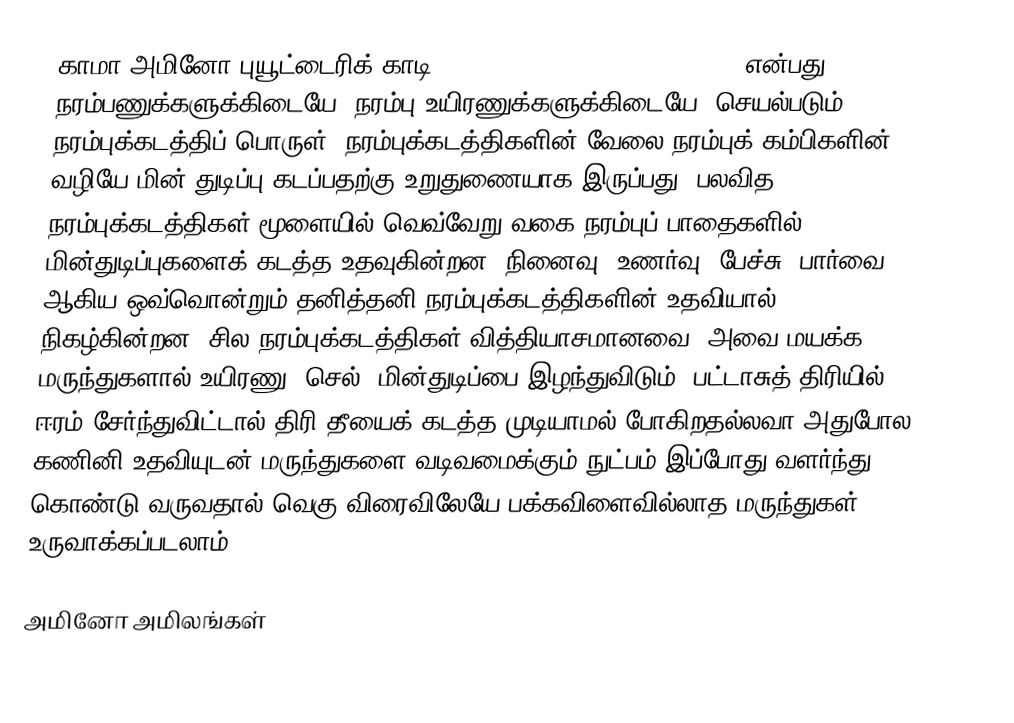
காமா அமினோ புயூட்டைரிக் காடி (Gama amino butyric acid- GABA) என்பது நரம்பணுக்களுக்கிடையே (நரம்பு உயிரணுக்களுக்கிடையே) செயல்படும் நரம்புக்கடத்திப் பொருள். நரம்புக்கடத்திகளின் வேலை நரம்புக் கம்பிகளின் வழியே மின் துடிப்பு கடப்பதற்கு உறுதுணையாக இருப்பது, பலவித நரம்புக்கடத்திகள் மூளையில் வெவ்வேறு வகை நரம்புப் பாதைகளில் மின்துடிப்புகளைக் கடத்த உதவுகின்றன. நினைவு, உணர்வு, பேச்சு, பார்வை ஆகிய ஒவ்வொன்றும் தனித்தனி நரம்புக்கடத்திகளின் உதவியால் நிகழ்கின்றன. சில நரம்புக்கடத்திகள் வித்தியாசமானவை. அவை மயக்க மருந்துகளால் உயிரணு (செல்) மின்துடிப்பை இழந்துவிடும். பட்டாசுத் திரியில் ஈரம் சேர்ந்துவிட்டால் திரி தீயைக் கடத்த முடியாமல் போகிறதல்லவா அதுபோல. கணினி உதவியுடன் மருந்துகளை வடிவமைக்கும் நுட்பம் இப்போது வளர்ந்து கொண்டு வருவதால் வெகு விரைவிலேயே பக்கவிளைவில்லாத மருந்துகள் உருவாக்கப்படலாம்.

அமினோ அமிலங்கள்